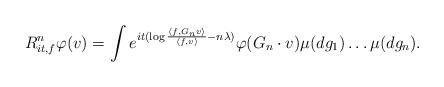
LaTeX: \begin{align*}R_{it, f}^n\varphi(v) = \int e^{it (\log \frac{\langle f, G_n v\rangle}{\langle f, v \rangle} - n\lambda) } \varphi( G_n \cdot v ) \mu(dg_1) \ldots \mu(dg_n).\end{align*}